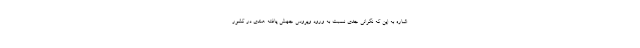
اشاره به این که نگرانی جدی نسبت به ورود ویروس جهش یافته هندی در کشور